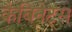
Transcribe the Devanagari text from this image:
कैबिनेट्स